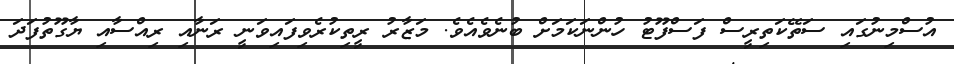
އުސްމިނުގައި ސަތޭކަތިރީސް ފަސްފޫޓު ހުންނަކަމަށް ބުނެވެއެވެ. މަޒާރު ރީތިކުރެވިފައިވަނީ ރަނާއި ރިއްސާއި ޔާގޫތުފަދަ